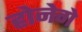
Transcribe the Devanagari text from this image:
होनेगे